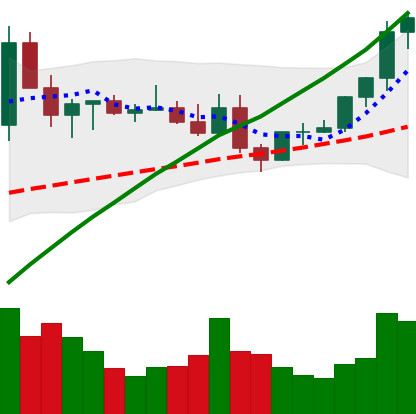
Ticker: ETC-USD
Chart end date: 2021-04-01
Forward return: 23.945%
Label: up_7plus